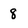
Character: 8